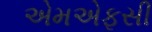
એમએફસી